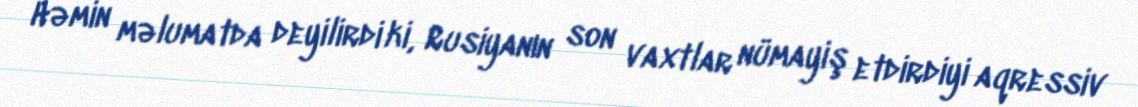
Həmin məlumatda deyilirdi ki, Rusiyanın son vaxtlar nümayiş etdirdiyi aqressiv